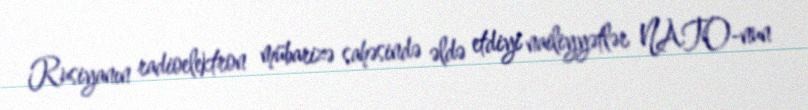
Rusiyanın radioelektron mübarizə sahəsində əldə etdiyi nailiyyətlər NATO-nun